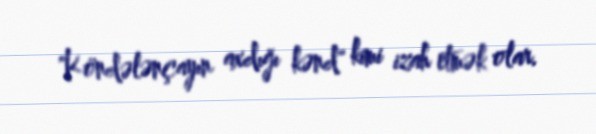
"Köndələnçayın axdığı kənd" kimi izah etmək olar.